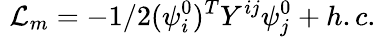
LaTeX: \, \, {\cal{L}}_{m}=-1/2(\psi_{i}^{0})^{T}Y^{ij}\psi_{j}^{0}+h.c.